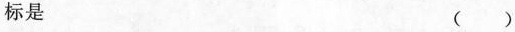
标是 ( )